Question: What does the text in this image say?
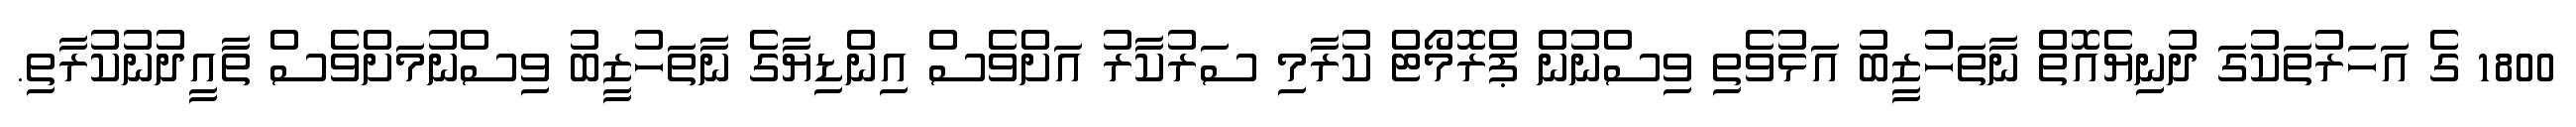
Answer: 1800 ގެ އަހަރުތަކުގަ ދުނިޔެއޮތް ނާތަހުޒީބު އަޅުވެތި ވިސްނުން ޕްރޮމޯޓް ކުރާމި ސަރުކާރު އަށްވެސް އިންޑިޔާގެ ނާތަހުޒީބު ވިސްނުމަށްވެސް ތާއީދުނުކުރާތި.